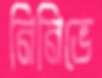
নিনিভে